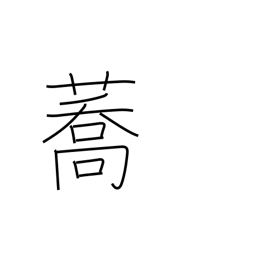
Meaning: buckwheat